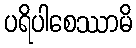
ပရိပါစေဿာမိ